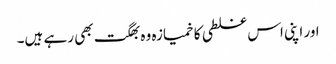
اور اپنی اس غلطی کا خمیازہ وہ بھگت بھی رہے ہیں۔